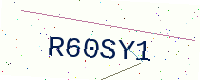
Text: R60SY1